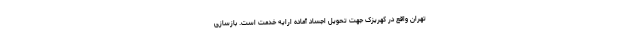
تهران واقع در کهریزک جهت تحویل اجساد آماده ارایه خدمت است. بازسازی